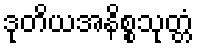
ဒုတိယအနိစ္စသုတ္တံ